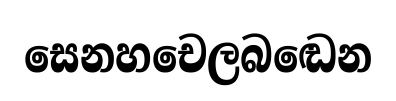
සෙනහචෙලබඬෙන